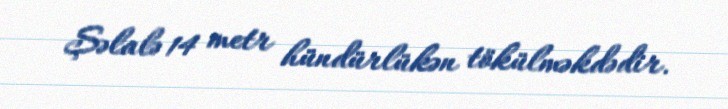
Şəlalə 14 metr hündürlükən tökülməkdədir.